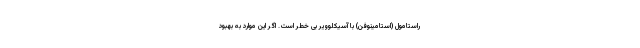
راستامول (استامینوفن) با آسیکلوویر بی خطر است. اگر این موارد به بهبود